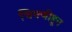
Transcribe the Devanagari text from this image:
चिमणीहून